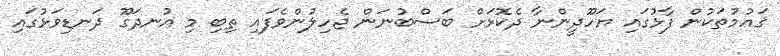
ޤައުމުތަކުން ފާޅުގައި ޔަހޫދީންނާ ދެކޮޅަށް ބަސްބުނަން ޖެހިލުންވެފައި ތިބި މި އުނދަގޫ ދަނޑިވަޅުގައި